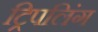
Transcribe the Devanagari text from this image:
ट्रिपलिंग